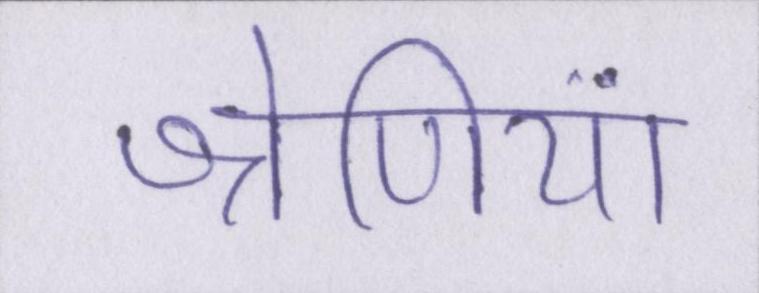
श्रेणियां